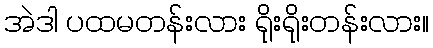
အဲဒါ ပထမတန်းလား ရိုးရိုးတန်းလား။